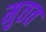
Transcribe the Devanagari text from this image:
मुतत